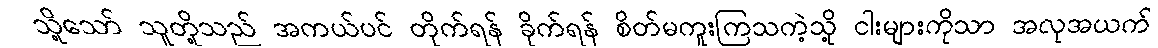
သို့သော် သူတို့သည် အကယ်ပင် တိုက်ရန် ခိုက်ရန် စိတ်မကူးကြသကဲ့သို့ ငါးများကိုသာ အလုအယက်